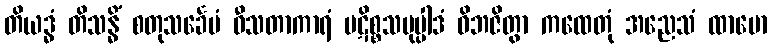
တိယဒ္ဓံ တိသန္ဓိံ စတုသင်္ခေပံ ဝီသတာကာရံ ပဋိစ္စသမုပ္ပါဒံ ဝိဘဇိတွာ ကထေတုံ အညေသံ ထာမော